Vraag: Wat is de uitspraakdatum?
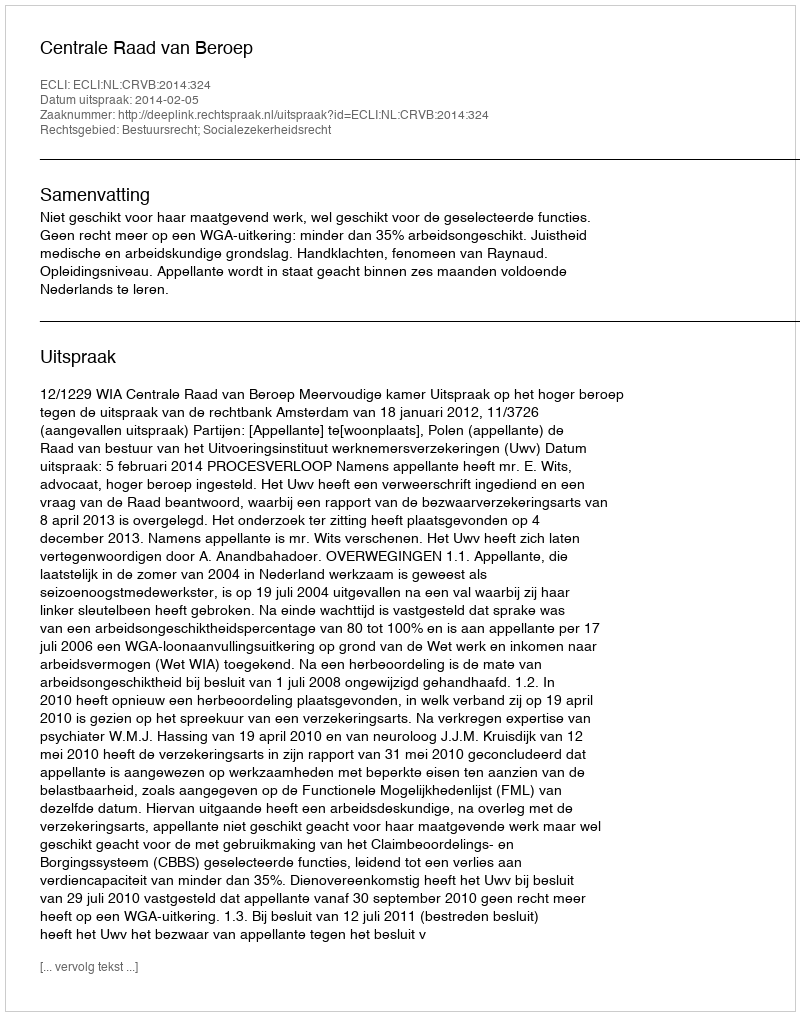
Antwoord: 2014-02-05